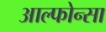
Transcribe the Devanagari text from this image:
आल्फोन्सा